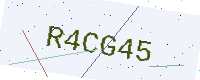
Text: R4CG45